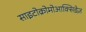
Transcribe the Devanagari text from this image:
साइटोक्रोमोआक्सिडेज़